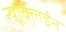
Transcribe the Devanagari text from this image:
न्यूक्लिईन